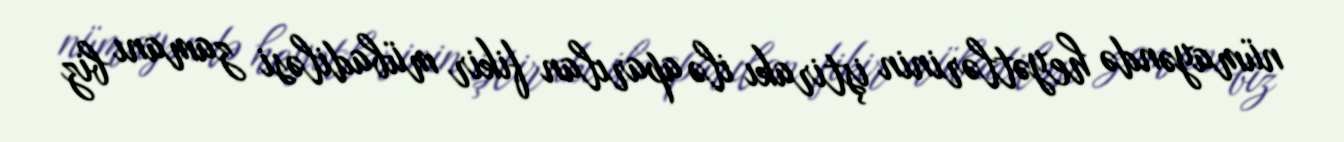
nümayəndə heyətlərinin iştirakı ilə aparılan fikir mübadiləsi zamanı biz